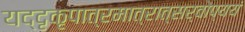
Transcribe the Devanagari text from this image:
यद्दृकृपात्रमात्रात्सर्वोप्ययं